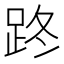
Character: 𨀐